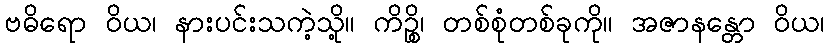
ဗဓိရော ဝိယ၊ နားပင်းသကဲ့သို့။ ကိဉ္စိ၊ တစ်စုံတစ်ခုကို။ အဇာနန္တော ဝိယ၊